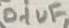
Text: 0.1uF